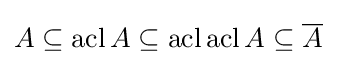
A\subseteq \operatorname {acl} A\subseteq \operatorname {acl} \operatorname {acl} A\subseteq {\overline {A}}